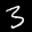
Label: 3